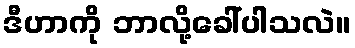
ဒီဟာကို ဘာလို့ခေါ်ပါသလဲ။